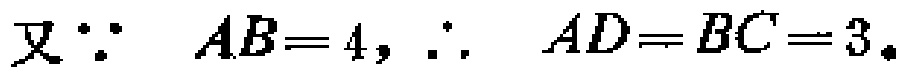
又\(\because AB = 4, \therefore AD = BC = 3\)。